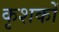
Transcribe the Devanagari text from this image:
कृशकों